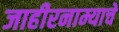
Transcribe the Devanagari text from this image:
जाहीरनाम्याचे